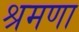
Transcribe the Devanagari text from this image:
श्रमणा